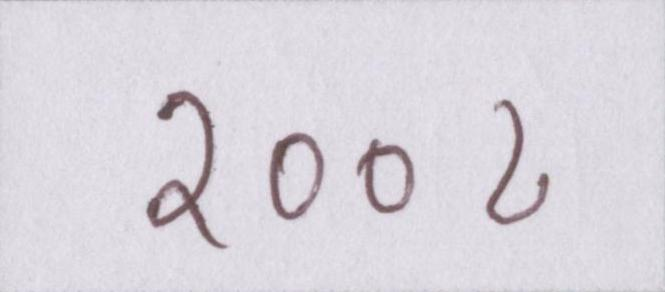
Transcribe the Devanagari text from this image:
२००८